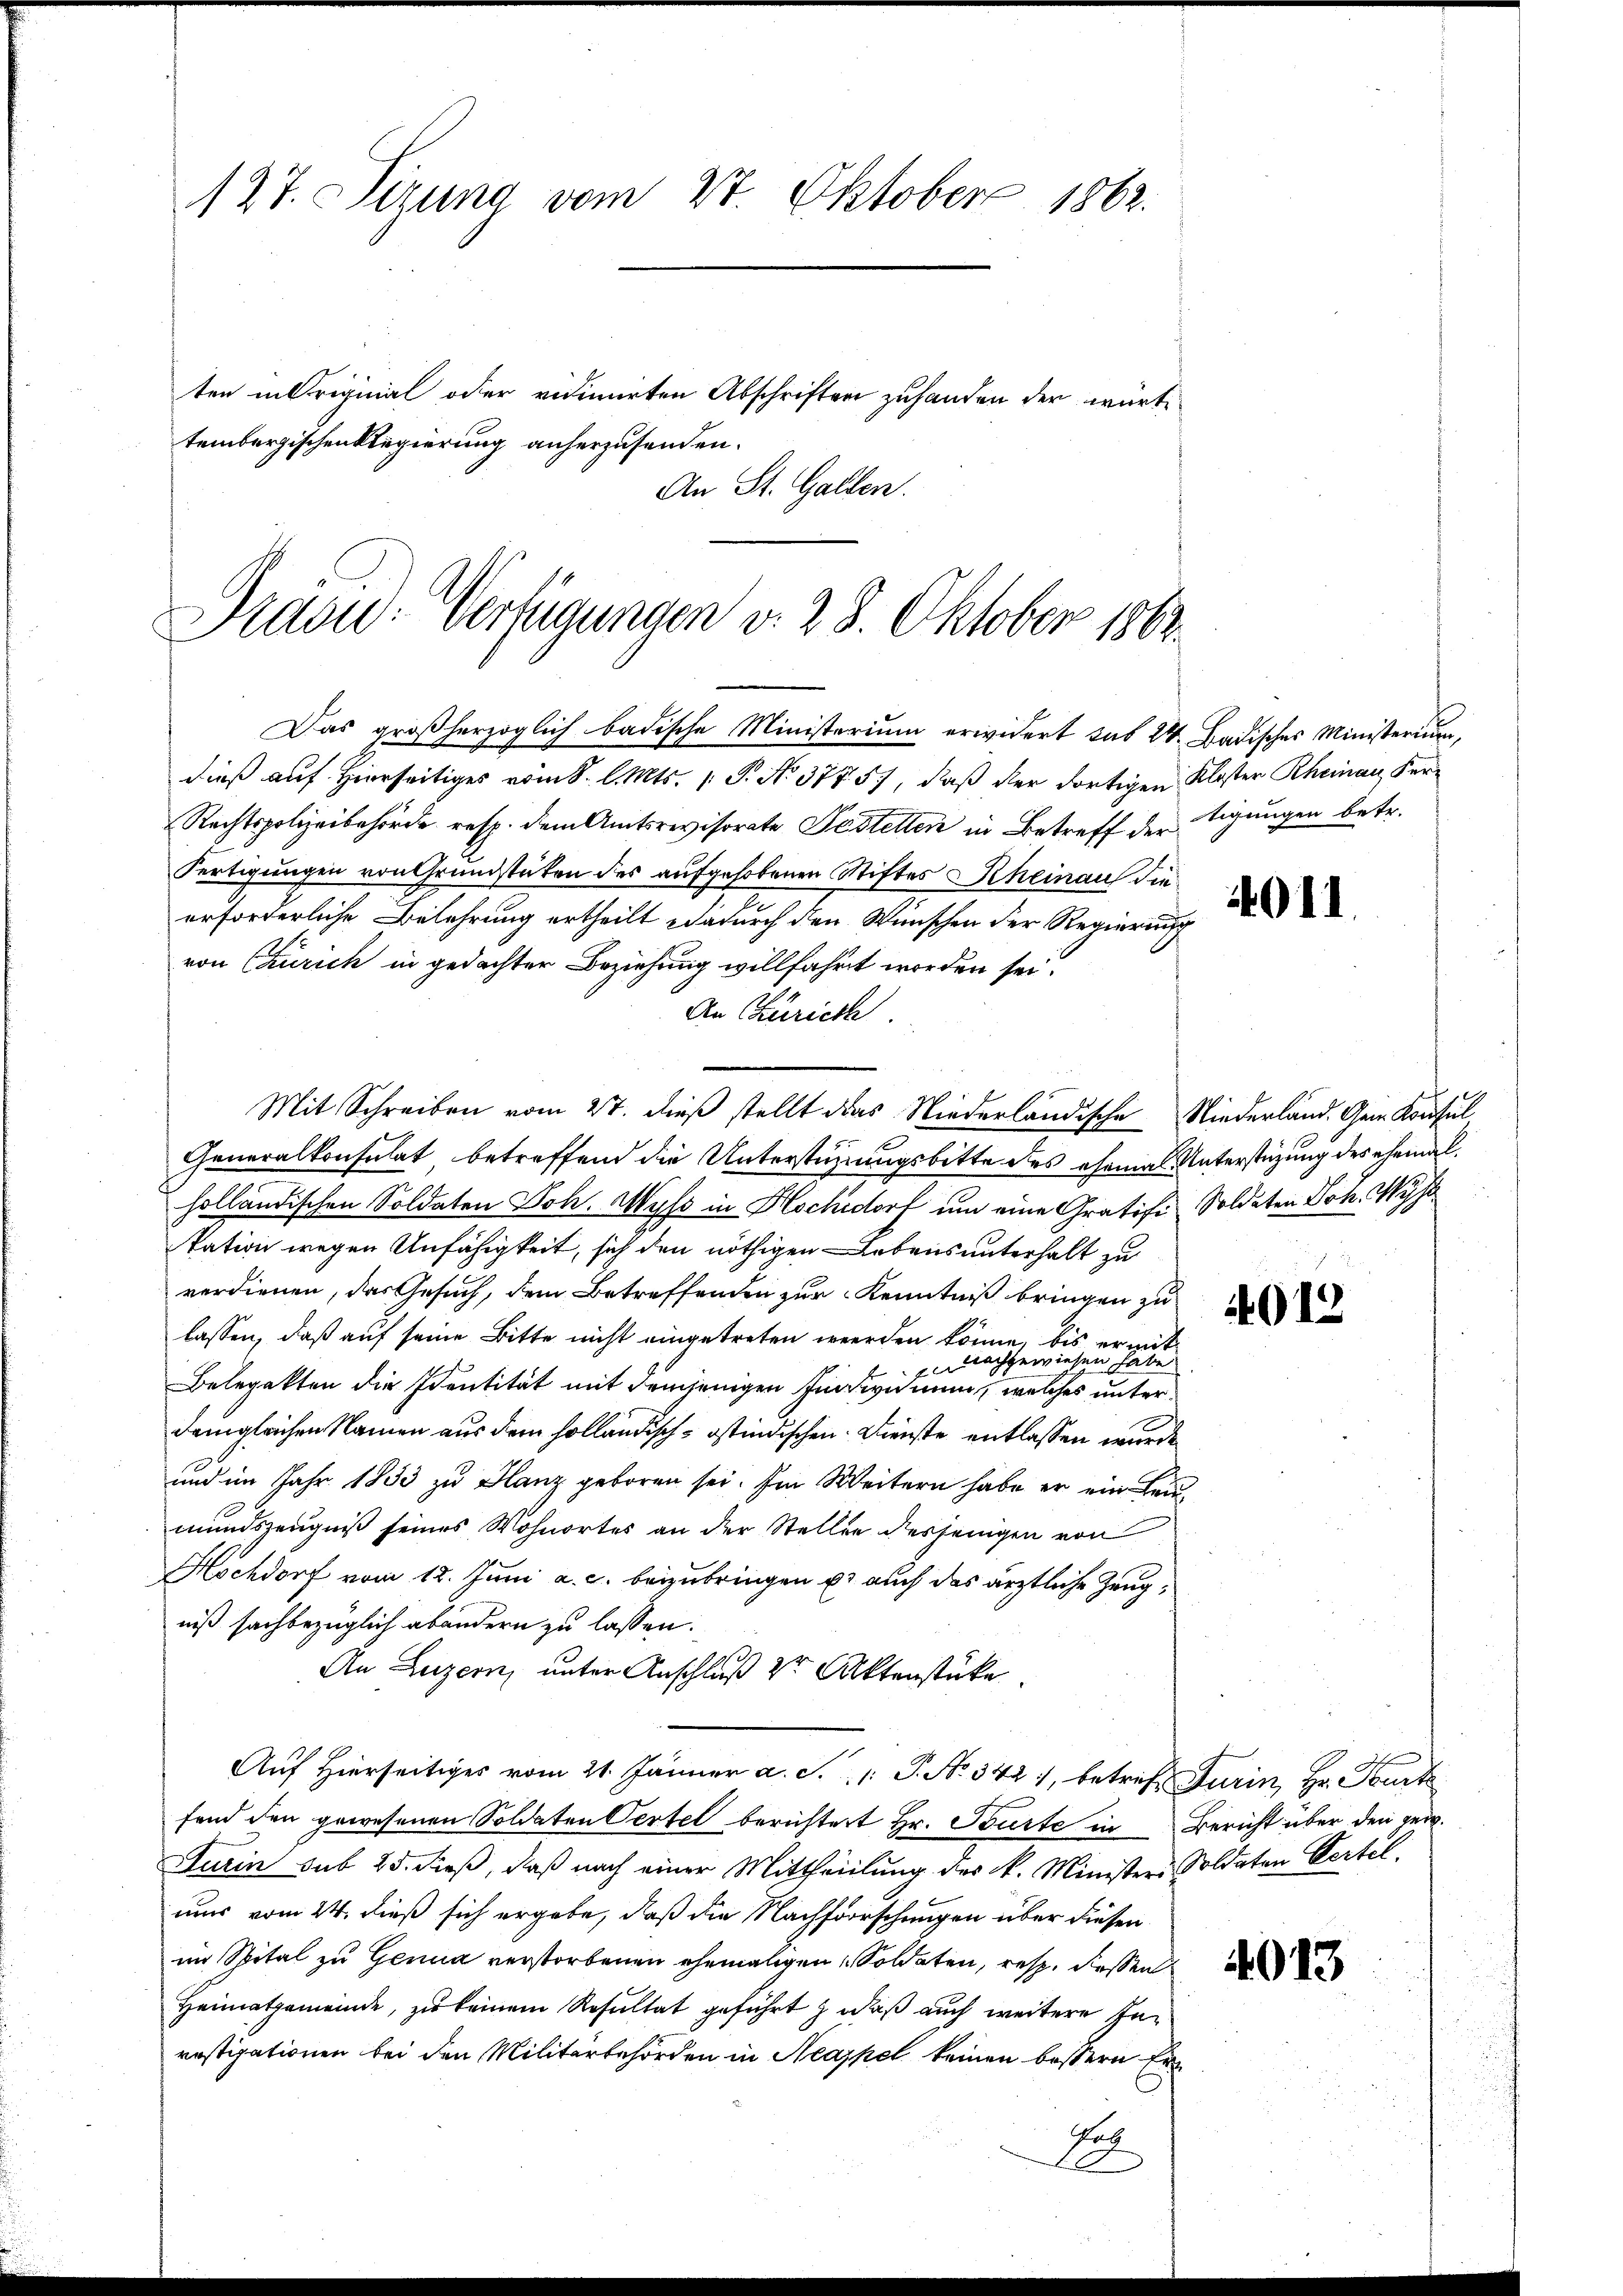
127. Sizung vom 27. Oktober 1862.
ten in Original oder vidimirten Abschriften zuhanden der württembergischen Regierung anherzusenden.
An St. Gallen.

Prävid: Verfügungen v. 28. Oktober 1862
Das großher
öglich badische Ministerium erwidert sub 24 Badisches Ministerium,

dieß auf Hierseitiges vom 8. l. Mts. 1 P. No 377. 57), daß der dortigen Kloster Rheinanz Fer¬
Rechtspolizeibehörde resp. dem Amtsrevisorate Festellen in Betreff der tigungen betr.
Fertigungen von Grundstäten des aufgehobenen Stiftes Rheinaus die
erforderliche Belehrung ertheilt dadurch den Wünschen der Regierung
von Churich in gedachter Beziehung willfahrt worden sei.
An Zürich
Mit Schreiben vom 27. dieß stellt das Niederländische Niederland. Gem. Konsul
Generalkonsulat betreffend die Unterstüzungsbitte des ehemals Unterstüzung des ehemal
holländischen Soldaten Joh. Wyss in Hochdorf um eine Gratifi Soldaten Joh. Wyss
tation wegen Unfähigkeit, sich den nöthigen Lebens unterhalt zu
verdienen, das Gesuch, dem Betreffenden zur Kenntniß bringen zu
lassen, daß auf seine Bitte nicht eingetreten werden könne, bis ermitdaz
f x
Belegatten die Identität mit demjenigen Funken inne, welches unterdemgleichen Namen aus dem holländisch- ostindischen. Dienste entlassen wurde
und im Jahr 1853 zu Glanz geboren sei. Im Weitern habe er ein Leumundszeugniß seines Wohnortes an der Stellen desjenigen von
Hochdorf vom 12. Juni a. c. beizubringen u. auch das ärztliche Zeugniß sachbezüglich abändern zu lassen.
An Luzern, unter Anschluß der Aktenstücke
Auf hierseitiges vom 21. Jänner a. S. 1: P. Nr. 342, betref Turin, Hr. Furt
fend den gewesenen Soldaten Pertel berichtert Hr. Bourte in Bericht über den gew
Turin sub 25. dieß, daß nach einer Mittheilung des k. Ministers Soldaten Vertel.
nur vom 24. dieß sich ergebe, daß die Nachforschungen über diesen
 S.
Heimatgemeinde, zu keinem Resultat geführt, daß auch weitere Inrastipationen bei den Militärbehörden in Neapel keinen bessern Er¬
Et

4011.

4012